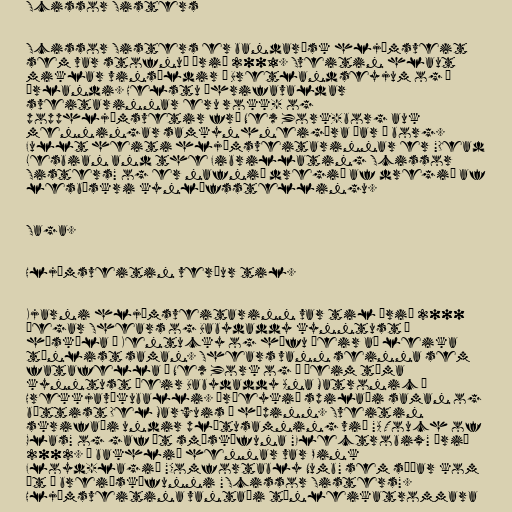
Scissor Sisters

Scissor Sisters er bandarísk hljómsveit
sem var stofnuð árið 2001. Sveitin hlaut
miklar vinsældir á Bretlandseyjum og á
Írlandi. Helstu áhrifavaldar
sveitarinnar eru rokk- og
popphljómsvetir frá New York-borg auk
menningar samkynhneigðra þar í borg.
Fullt heiti hljómsveitarinnar er "Dead
Lesbian and the Fibrillating Scissor
Sisters" og er nafnið dregið af dregið af
lesbískri kynlífsstellingu.

Saga.

Hljómsveitin verður til.

Kjarni hljómsveitarinn var til árið 2000
þegar Shears og Babydaddy kynntust í
háskóla í Kentucky og hófu þeir að leika
tónlist saman. Shears vann seinna sem
fatafella í New York og á þeim tíma
kynntust þeir Babydaddy Ana Matronic á
Hrekkjavökuballi. Þríeykið spilaði saman og
bættist Del Marquis í hópinn. Sveitin
skrifaði undir plötusamning við "A Touch of
Glas" og gaf út smáskífuna "Electrobix" árið
2002. Á bakhlið hennar var Pink
Floyd-lagið "Comfortably Numb" sem síðar kom
út á breiðskífunni "Scissor Sisters".
Hljómsveitina vantaði tónleikatrommara